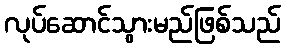
လုပ်ဆောင်သွားမည်ဖြစ်သည်